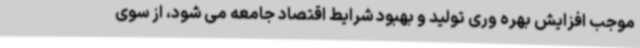
موجب افزایش بهره وری تولید و بهبود شرایط اقتصاد جامعه می شود، از سوی